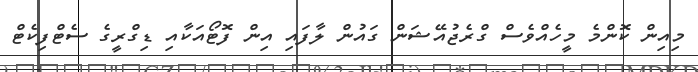
މިއިން ކޮންމެ މީހެއްވެސް ގްރެޖުއޭޝަން ގައުން ލާފައި އިން ފޮޓޯއަކާއި ޑިގްރީގެ ސެޓްފިކެޓް